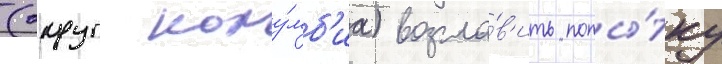
(округ колу́мб'иа) возгла́в'ить попы́тку